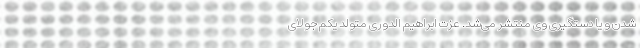
شدن و یا دستگیری وی منتشر می‌شد. عزت ابراهیم الدوری متولد یکم جولای